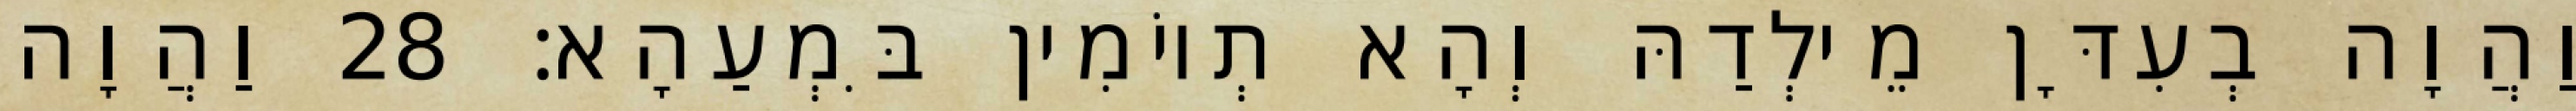
וַהֲוָה בְעִדָּן מֵילְדַהּ וְהָא תְיוֹמִין בִּמְעַהָא׃ 28 וַהֲוָה